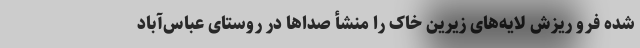
شده‌ فرو ریزش لایه‌های زیرین خاک را منشأ صداها در روستای عباس‌آباد